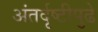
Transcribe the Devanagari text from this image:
अंतर्दृष्टीपुढे